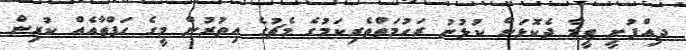
ދިއްފުށީ ޓީމާ ދެކޮޅަށް ކުޅުނު ރަހުމަތްތެރިކަމުގެ މެޗުގެ އިތުރުން މީގެ ހަފްތާއެއް ކުރިން